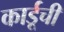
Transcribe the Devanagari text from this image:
कार्डूची